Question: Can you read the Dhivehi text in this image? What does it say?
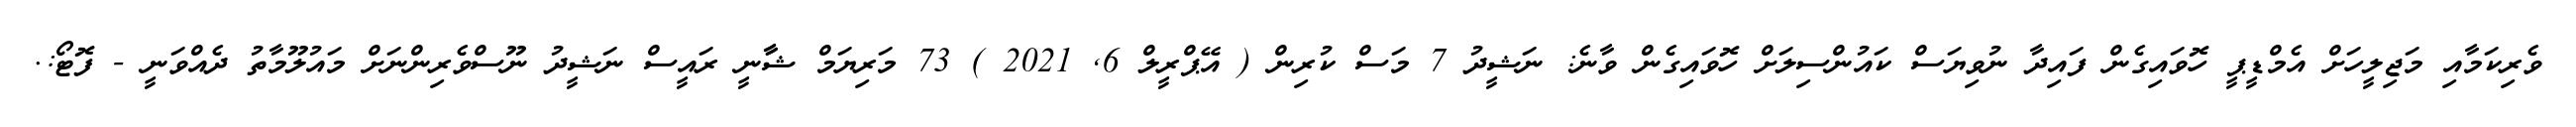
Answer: ވެރިކަމާއި މަޖިލީހަށް އެމްޑީޕީ ހޮވައިގެން ފައިދާ ނުވިޔަސް ކައުންސިލަށް ހޮވައިގެން ވާނެ: ނަޝީދު 7 މަސް ކުރިން ( އޭޕްރީލް 6, 2021 ) 73 މަރިޔަމް ޝާާނީ ރައީސް ނަޝީދު ނޫސްވެރިންނަށް މައުލޫމާތު ދެއްވަނީ - ފޮޓޯ:.